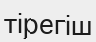
тірегіш